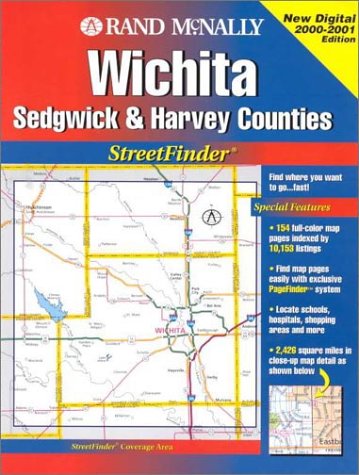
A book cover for Streetfinder-Wichita (Sedgwick&harvey Counties) (Rand McNally Streetfinder); Rand McNally; Travel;